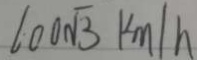
1 0 0 \sqrt { 3 } k m / h